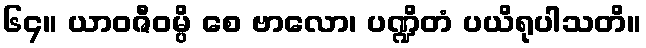
၆၄။ ယာဝဇီဝမ္ပိ စေ ဗာလော၊ ပဏ္ဍိတံ ပယိရုပါသတိ။